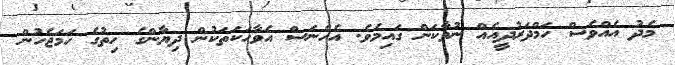
މެދު އެއްވެސް ހަމްދަރުދީއެއް ނުވާކަން ގައިމެވެ. އެހެނަސް އެވާހަކަތަކުން ދިޔާންގެ ހިތުގެ ހަމަޖެހުން